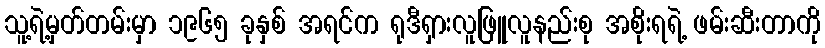
သူ့ရဲ့မှတ်တမ်းမှာ ၁၉၆၅ ခုနှစ် အရင်က ရုဒီရှားလူဖြူလူနည်းစု အစိုးရရဲ့ ဖမ်းဆီးတာကို